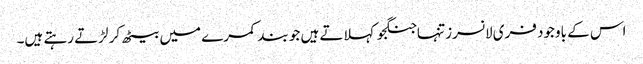
اس کے باوجود فری لانسرز تنہاجنگجو کہلاتے ہیں جو بند کمرے میں بیٹھ کر لڑتے رہتے ہیں۔